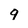
Character: q